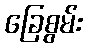
ခြေစွမ်း